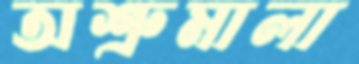
অশ্রুমালা